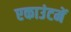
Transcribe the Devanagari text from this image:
एकाउंटमें